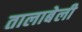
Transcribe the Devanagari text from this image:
तालाबेली